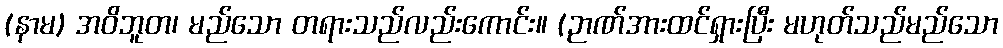
(နာမ) အဝိဘူတ၊ မည်သော တရားသည်လည်းကောင်း။ (ဉာဏ်အားထင်ရှားပြီး မဟုတ်သည်မည်သော